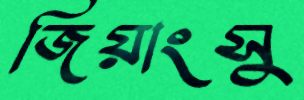
জিয়াংসু